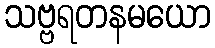
သဗ္ဗရတနမယော